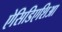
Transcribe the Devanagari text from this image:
ऐसिडिएशिआ